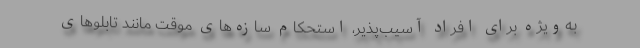
به‌ویژه برای افراد آسیب‌پذیر، استحکام سازه‌های موقت مانند تابلوهای